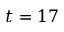
t = 1 7